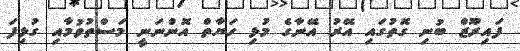
ފައިރޫޒް ބުނި ގޮތުގައި އޭރު އޭނާގެ މުޅި ހަޔާތް އޮންނަނީ މަސްތުވުމާއި ގުޅިފަ